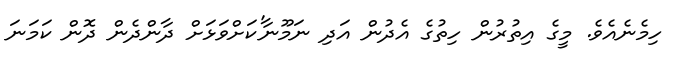
ހިމެނެއެވެ. މީގެ އިތުރުން ހިތުގެ އެދުން އަދި ނަމޫނާ'ކަށްވަޅަށް ދާންދެން ދޮން ކަމަނަ